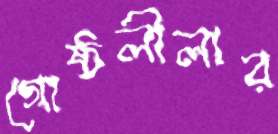
গোষ্ঠলীলার